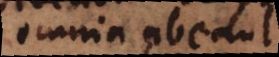
omnia abeant),